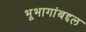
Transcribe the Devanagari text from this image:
भूभागांबद्दल